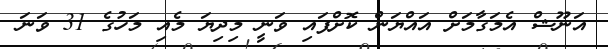
އަނޫޝް އެމަގާމަށް އައްޔަން ކޮށްފައި ވަނީ މިދިޔަ މެއި މަހުގެ 31 ވަނަ